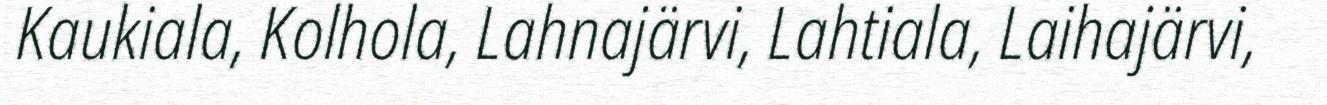
Kaukiala, Kolhola, Lahnajärvi, Lahtiala, Laihajärvi,